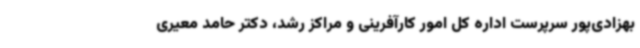
بهزادی‌پور سرپرست اداره کل امور کارآفرینی و مراکز رشد، دکتر حامد معیری